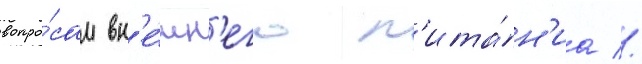
вопро́сам вн'е́шн'его п'ита́н'иа //